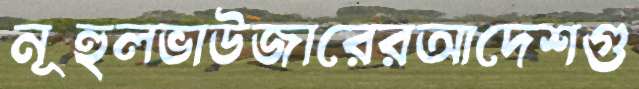
নূহুলভাউজারেরআদেশগু